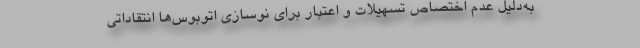
به‌دلیل عدم اختصاص تسهیلات و اعتبار برای نوسازی اتوبوس‌ها انتقاداتی